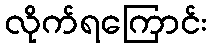
လိုက်ရကြောင်း